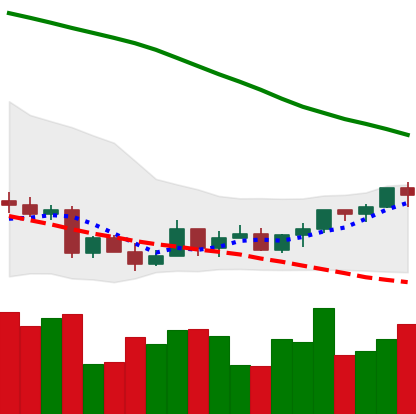
Ticker: LTC-USD
Chart end date: 2022-03-20
Forward return: 8.045%
Label: up_7plus